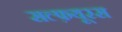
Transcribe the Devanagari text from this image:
सल्फ़यूरस